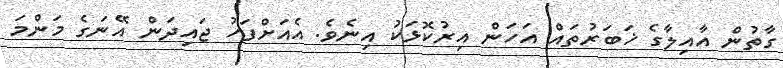
ގާތުން އާއިލާގެ ޚަބަރުތައް އަހަން އިރުކޮޅަކު އިނެވެ. އެއަށްފަހު ޖައިދަން އޭނަގެ މަންމަ